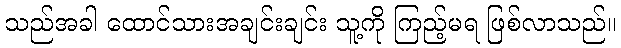
သည်အခါ ထောင်သားအချင်းချင်း သူ့ကို ကြည့်မရ ဖြစ်လာသည်။